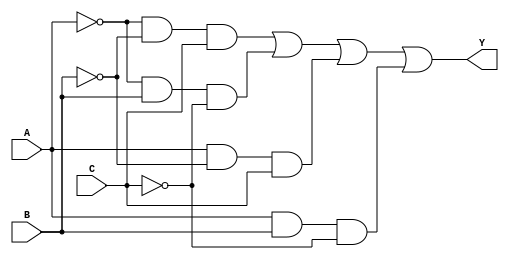
module sop_simplification (
    input wire A,  // Input variable A
    input wire B,  // Input variable B
    input wire C,  // Input variable C
    output wire Y  // Output of the SOP simplification
);

// Combinational logic for the simplified SOP expression
assign Y = (~A & ~B & C) | (~A & B & ~C) | (A & ~B & C) | (A & B & ~C);

endmodule